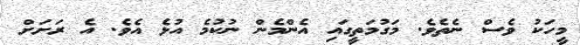
މީހަކު ވެސް ނެތެވެ. މަގުމަތީގައި އެންމެން ނުކުމެ އުޅެ އެވެ. އެ ރަށަށް